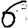
Digit: 6